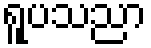
ရူပသညာ